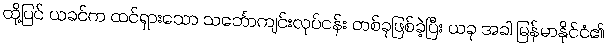
ထို့ပြင် ယခင်က ထင်ရှားသော သင်္ဘောကျင်းလုပ်ငန်း တစ်ခုဖြစ်ခဲ့ပြီး ယခု အခါ မြန်မာနိုင်ငံ၏